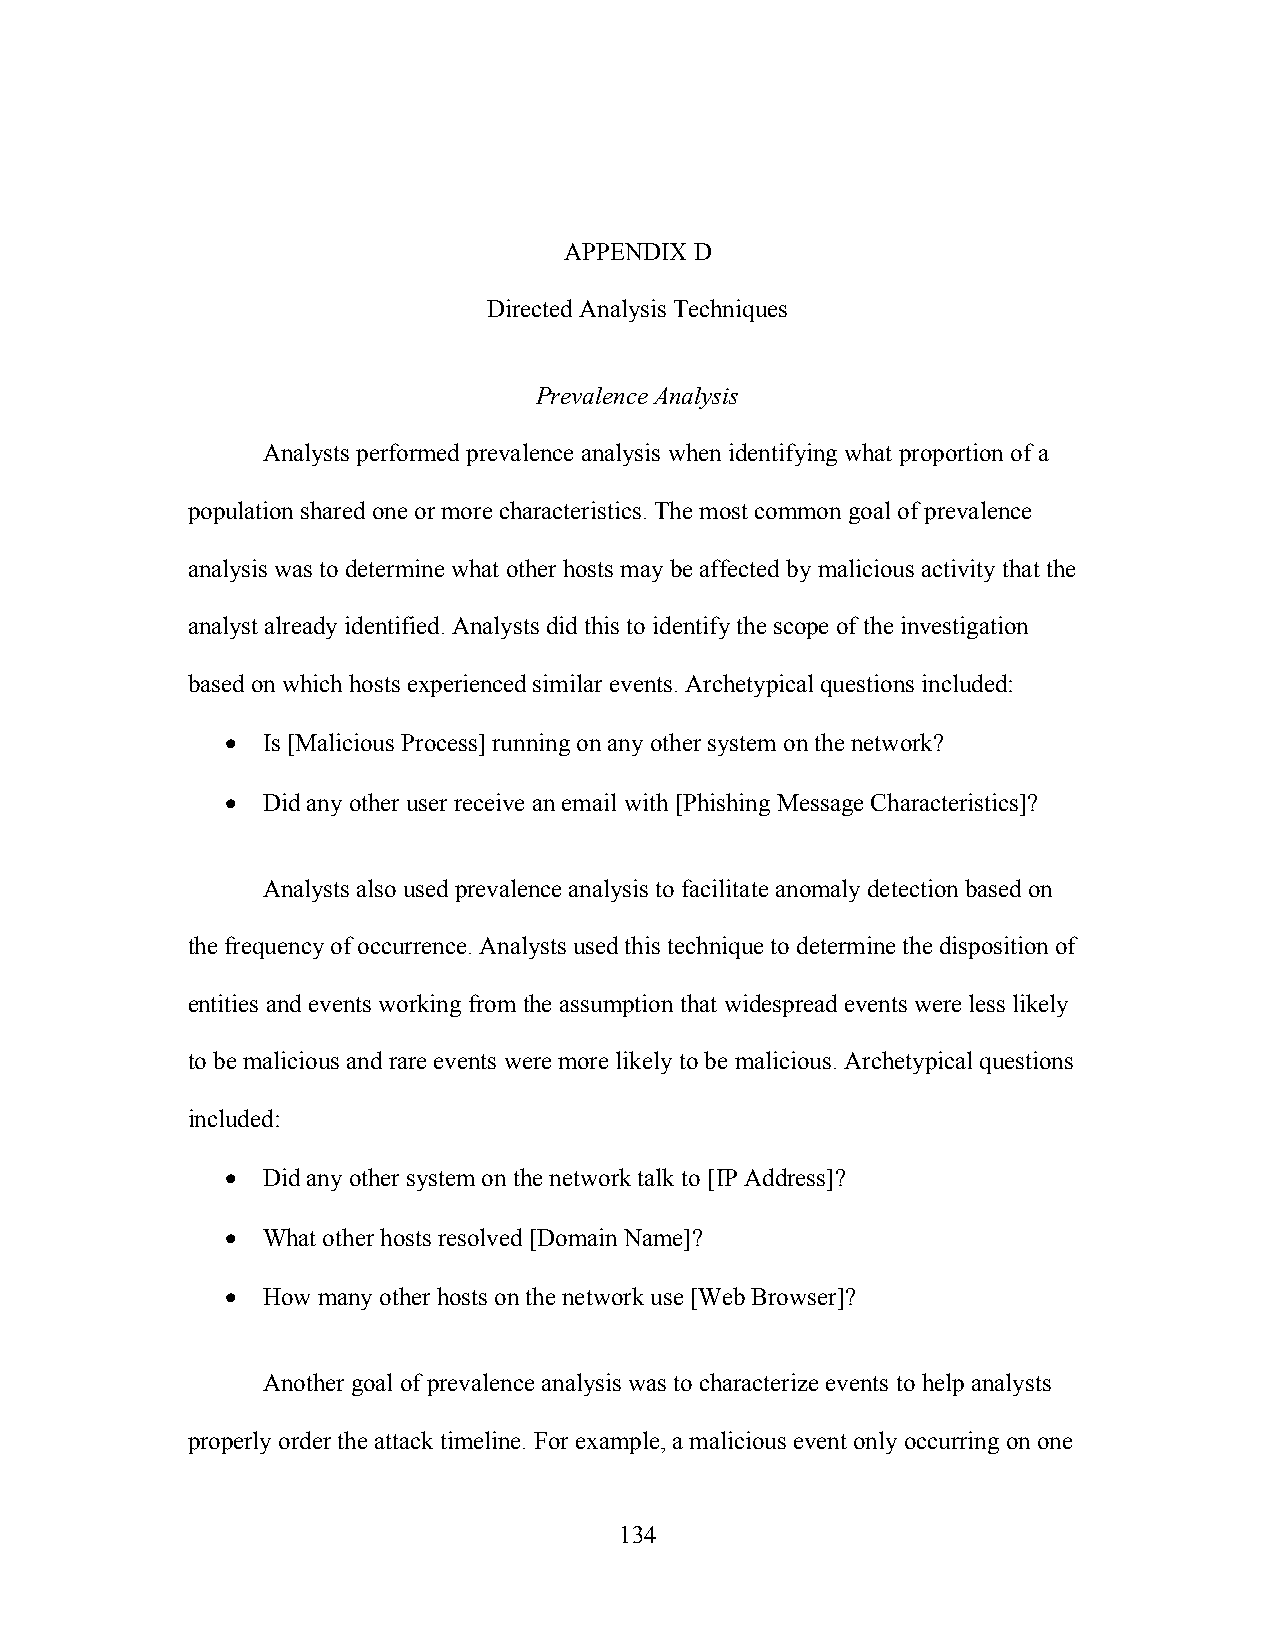
APPENDIX D
 Directed Analysis Techniques
 Prevalence Analysis
 Analysts performed prevalence analysis when identifying what proportion of a
 population shared one or more characteristics. The most common goal of prevalence
 analysis was to determine what other hosts may be affected by malicious activity that the
 analyst already identified. Analysts did this to identify the scope of the investigation
 based on which hosts experienced similar events. Archetypical questions included:
 • Is [Malicious Process] running on any other system on the network?
 • Did any other user receive an email with [Phishing Message Characteristics]?
 Analysts also used prevalence analysis to facilitate anomaly detection based on
 the frequency of occurrence. Analysts used this technique to determine the disposition of
 entities and events working from the assumption that widespread events were less likely
 to be malicious and rare events were more likely to be malicious. Archetypical questions
 included:
 • Did any other system on the network talk to [IP Address]?
 • What other hosts resolved [Domain Name]?
 • How many other hosts on the network use [Web Browser]?
 Another goal of prevalence analysis was to characterize events to help analysts
 properly order the attack timeline. For example, a malicious event only occurring on one
 134